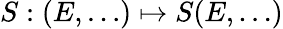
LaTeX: S:(E,\dots)\mapsto S(E,\dots)